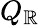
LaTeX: Q_{\mathbb{R}}